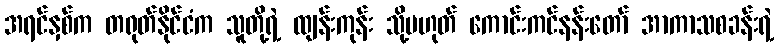
အရင်နှစ်က တရုတ်နိုင်ငံက သူတို့ရဲ့ ထျန်းကုန်း သို့မဟုတ် ကောင်းကင်နန်းတော် အာကာသစခန်းရဲ့